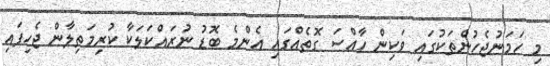
މި ހަމަނުޖެހުންތަކުގައި ވަކިން ހާއްސަ ގޮތެއްގައި އެންމެ ބޮޑު ނުރައްކަލަކާ ކުރިމަތިލާން ޖެހިފައި